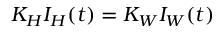
K _ { H } I _ { H } ( t ) = K _ { W } I _ { W } ( t )